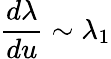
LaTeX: \frac{d\lambda}{du}\sim\lambda_{1}